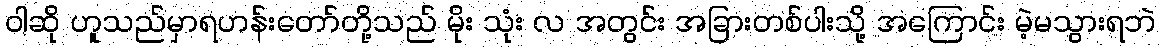
ဝါဆို ဟူသည်မှာရဟန်းတော်တို့သည် မိုး သုံး လ အတွင်း အခြားတစ်ပါးသို့ အကြောင်း မဲ့မသွားရဘဲ